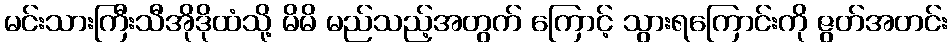
မင်းသားကြီးသီအိုဒိုထံသို့ မိမိ မည်သည့်အတွက် ကြောင့် သွားရကြောင်းကို ဇွတ်အတင်း